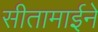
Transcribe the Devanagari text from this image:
सीतामाईने